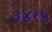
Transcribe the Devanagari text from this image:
३४१५